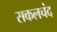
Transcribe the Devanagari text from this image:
सकलचंद